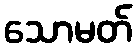
သောမတ်